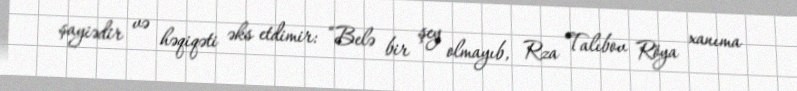
şayiədir və həqiqəti əks etdimir: “Belə bir şey olmayıb, Rza Talıbov Röya xanıma